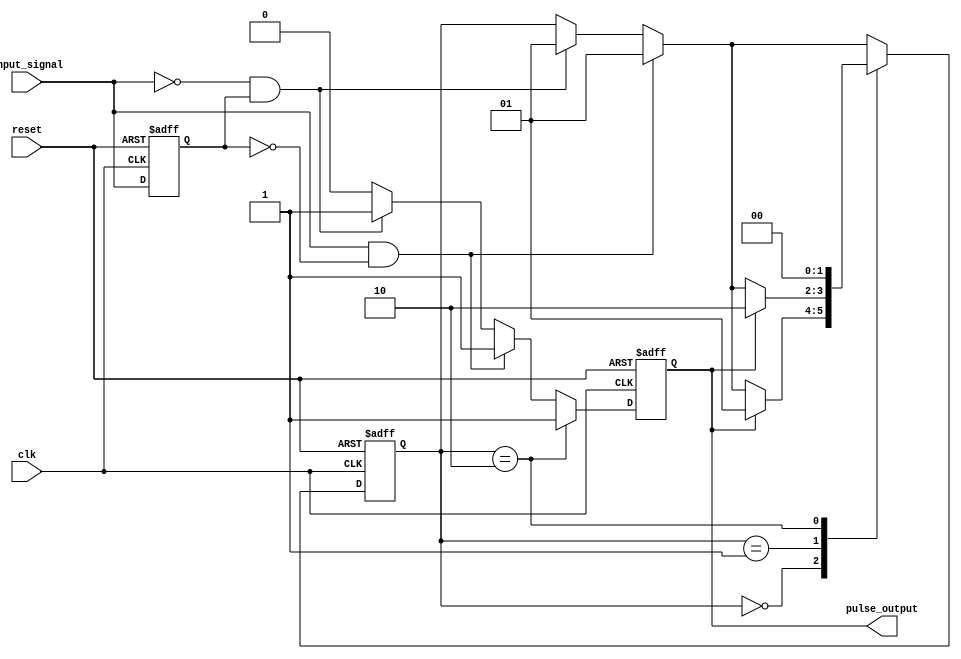
module PulseEdgeDetector (
    input wire clk,               // Clock signal
    input wire reset,             // Reset signal (active high)
    input wire input_signal,      // Input signal to detect edges
    output reg pulse_output        // Output pulse signal
);
    
    // Memory block to store the previous state of the input_signal
    reg previous_state;

    // This can be adjusted based on design requirements for pulse width
    parameter PULSE_WIDTH = 1;    // Pulse width in clock cycles

    // State machine for pulse output generation
    reg [1:0] state;                // State variable for pulse generation
    localparam IDLE = 2'b00,       // Idle state
               PULSE = 2'b01,      // Pulse state
               PULSE_HOLD = 2'b10; // Hold pulse state
    
    // The main sequential logic
    always @(posedge clk or posedge reset) begin
        if (reset) begin
            previous_state <= 1'b0;   // Reset previous state
            pulse_output <= 1'b0;      // Reset output pulse
            state <= IDLE;             // Reset state
        end else begin
            // Edge detection logic
            if (input_signal && !previous_state) begin
                // Rising edge detected
                pulse_output <= 1'b1;   // Generate pulse
                state <= PULSE;         // Move to pulse state
            end else if (!input_signal && previous_state) begin
                // Falling edge detected
                pulse_output <= 1'b1;   // Generate pulse
                state <= PULSE;         // Move to pulse state
            end else begin
                // No edge detected
                pulse_output <= 1'b0;    // Maintain pulse output
            end

            // Store the current state into the previous_state memory block
            previous_state <= input_signal;

            // State machine for pulse duration control
            case (state)
                IDLE: begin
                    // Stay idle unless a pulse is generated
                    if (pulse_output) begin
                        state <= PULSE; // Transition to pulse state
                    end
                end
                
                PULSE: begin
                    if (pulse_output) begin
                        // Check for pulse duration management
                        state <= PULSE_HOLD; // Transition to hold state
                    end
                end
                
                PULSE_HOLD: begin
                    // Hold the pulse for the defined duration
                    pulse_output <= 1'b1; // Keep the pulse output high
                    // In a real design, you might need a counter here to manage the pulse width
                    // After a clock cycle, transition back to IDLE
                    state <= IDLE; // Transition back to idle
                end
            endcase
        end
    end
endmodule